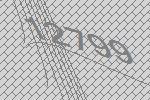
12799